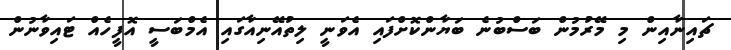
ޗައިނާއިން މި މޭރުމުން ބަސްބުނެ ބަޔާންކޮށްފައި އެވަނީ ލިތުއޭނިއާގައި އެމްބަސީ އޮފީހެއް ޓައިވާނުން